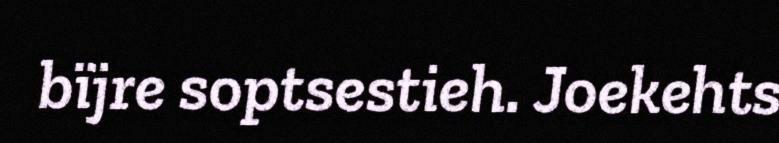
bïjre soptsestieh. Joekehts